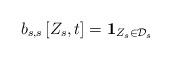
LaTeX: \begin{align*}b_{s,s} \left[ Z_s,t\right] = \mathbf{1}_{Z_s \in \mathcal{D}_s}\end{align*}